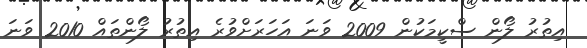
އިތުރު ލޯން ސްކީމަކުން 2009 ވަނަ އަހަރަށްވުރެ އިތުރު ލޯންތައް 2010 ވަނަ